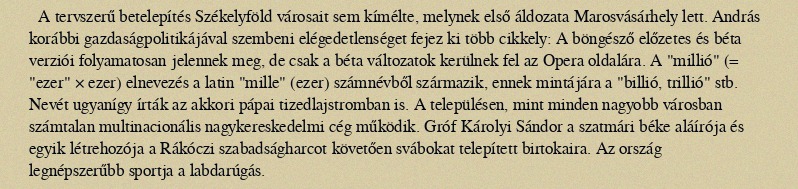
A tervszerű betelepítés Székelyföld városait sem kímélte, melynek első áldozata Marosvásárhely lett. András korábbi gazdaságpolitikájával szembeni elégedetlenséget fejez ki több cikkely: A böngésző előzetes és béta verziói folyamatosan jelennek meg, de csak a béta változatok kerülnek fel az Opera oldalára. A "millió" (= "ezer" × ezer) elnevezés a latin "mille" (ezer) számnévből származik, ennek mintájára a "billió, trillió" stb. Nevét ugyanígy írták az akkori pápai tizedlajstromban is. A településen, mint minden nagyobb városban számtalan multinacionális nagykereskedelmi cég működik. Gróf Károlyi Sándor a szatmári béke aláírója és egyik létrehozója a Rákóczi szabadságharcot követően svábokat telepített birtokaira. Az ország legnépszerűbb sportja a labdarúgás.